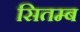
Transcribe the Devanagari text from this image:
सितम्ब